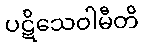
ပဋိသေဝါမီတိ